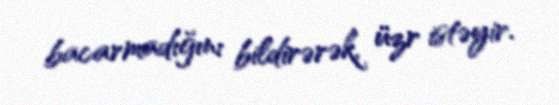
bacarmadığını bildirərək, üzr istəyir.